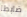
ضابطا